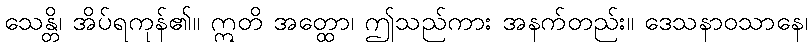
သေန္တိ၊ အိပ်ရကုန်၏။ ဣတိ အတ္ထော၊ ဤသည်ကား အနက်တည်း။ ဒေသနာဝသာနေ၊